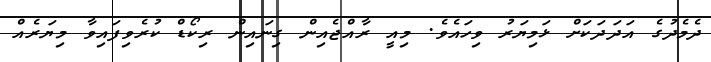
ދެމެދުގެ އަދަދަކަށް ޅަމިޔަރު ވިހައެވެ. މިއީ ރާއްޖެއިން ގިނައިން ރިކޯޑް ކުރެވިފައިވާ މިޔަރެއް